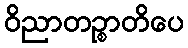
ဝိညာတဉ္စာတိပေ